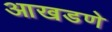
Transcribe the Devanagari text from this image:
आखडणे